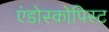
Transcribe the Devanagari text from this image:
एंडोस्कोपिस्ट